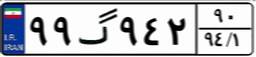
۰۷گ۵۷۸۲۲